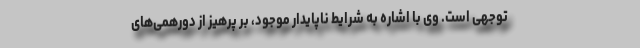
توجهی است. وی با اشاره به شرایط ناپایدار موجود، بر پرهیز از دورهمی‌های